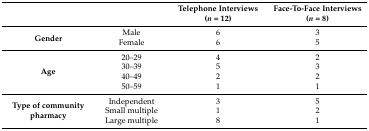
<table><thead><tr><td></td><td></td><td><b>Telephone Interviews (<i>n</i> = 12)</b></td><td><b>Face-To-Face Interviews (<i>n</i> = 8)</b></td></tr></thead><tbody><tr><td rowspan="2"><b>Gender</b></td><td>Male</td><td>6</td><td>3</td></tr><tr><td>Female</td><td>6</td><td>5</td></tr><tr><td rowspan="4"><b>Age</b></td><td>20–29</td><td>4</td><td>2</td></tr><tr><td>30–39</td><td>5</td><td>3</td></tr><tr><td>40–49</td><td>2</td><td>2</td></tr><tr><td>50–59</td><td>1</td><td>1</td></tr><tr><td rowspan="3"><b>Type of community pharmacy</b></td><td>Independent</td><td>3</td><td>5</td></tr><tr><td>Small multiple</td><td>1</td><td>2</td></tr><tr><td>Large multiple</td><td>8</td><td>1</td></tr></tbody></table>